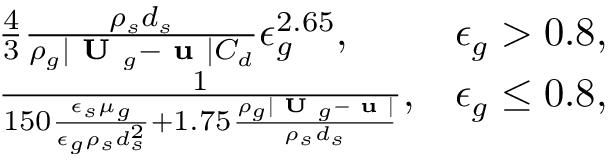
\begin{array} { r l r } & { \frac { 4 } { 3 } \frac { \rho _ { s } d _ { s } } { \rho _ { g } | \textbf { U } _ { g } - \textbf { u } | C _ { d } } \epsilon _ { g } ^ { 2 . 6 5 } , } & { \epsilon _ { g } > 0 . 8 , } \\ & { \frac { 1 } { 1 5 0 \frac { \epsilon _ { s } \mu _ { g } } { \epsilon _ { g } \rho _ { s } d _ { s } ^ { 2 } } + 1 . 7 5 \frac { \rho _ { g } | \textbf { U } _ { g } - \textbf { u } | } { \rho _ { s } d _ { s } } } , } & { \epsilon _ { g } \le 0 . 8 , } \end{array}